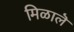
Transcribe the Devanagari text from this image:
मिळालॆ